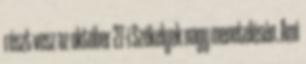
részt vesz az október 27-i Székelyek nagy menetelésén. Ami